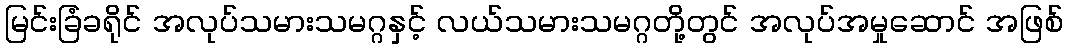
မြင်းခြံခရိုင် အလုပ်သမားသမဂ္ဂနှင့် လယ်သမားသမဂ္ဂတို့တွင် အလုပ်အမှုဆောင် အဖြစ်